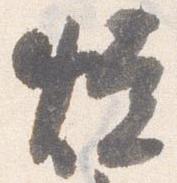
焼